Vaccination North-Western Provinces and Oudh 1896-1901 - 1896-1901
Year: 1896
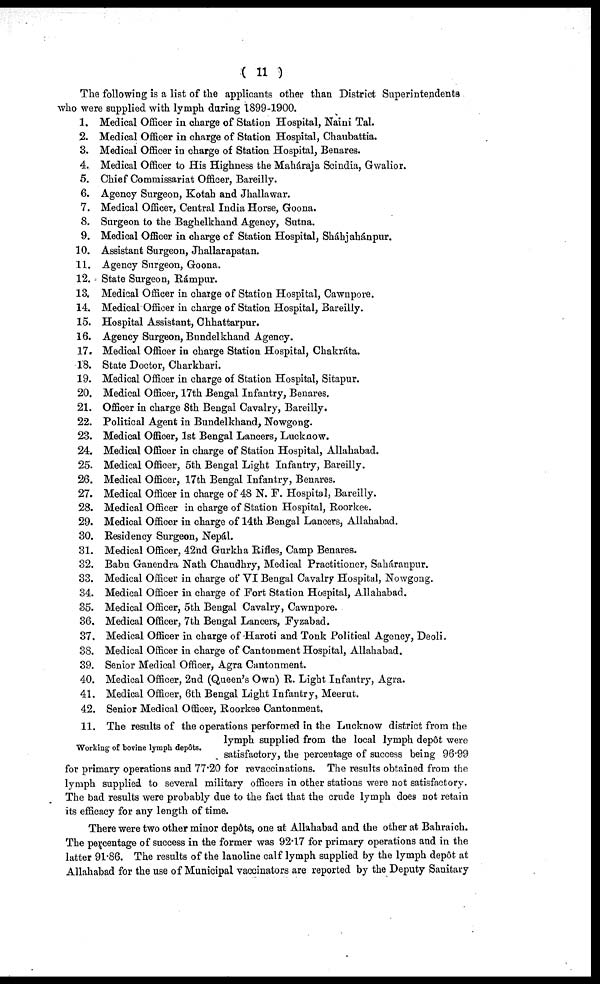
( 11 )
The following is a list of the applicants other than District Superintendents
who were supplied with lymph during 1899-1900.
1.
2.
3.
4.
5.
6.
7.
8.
9.
10.
11.
12.
13.
14.
15.
16.
17.
18.
19.
20.
21.
22.
23.
24.
25.
26.
27.
28.
29.
30.
31.
32.
33.
34.
35.
36.
37.
38.
39.
40.
41.
42.
Medical Officer in charge of Station Hospital, Naini Tal.
Medical Officer in charge of Station Hospital, Chaubattia.
Medical Officer in charge of Station Hospital, Benares.
Medical Officer to His Highness the Maháraja Scindia, Gwalior.
Chief Commissariat Officer, Bareilly.
Agency Surgeon, Kotah and Jhallawar.
Medical Officer, Central India Horse, Goona.
Surgeon to the Baghelkhand Agency, Sutna.
Medical Officer in charge of Station Hospital, Sháhjahánpur.
Assistant Surgeon, Jhallarapatan.
Agency Surgeon, Goona.
State Surgeon, Rámpur.
Medical Officer in charge of Station Hospital, Cawnpore.
Medical Officer in charge of Station Hospital, Bareilly.
Hospital Assistant, Chhattarpur.
Agency Surgeon, Bundelkhand Agency.
Medical Officer in charge Station Hospital, Chakráta.
State Doctor, Charkhari.
Medical Officer in charge of Station Hospital, Sitapur.
Medical Officer, 17th Bengal Infantry, Benares.
Officer in charge 8th Bengal Cavalry, Bareilly.
Political Agent in Bundelkhand, Nowgong.
Medical Officer, 1st Bengal Lancers, Lucknow.
Medical Officer in charge of Station Hospital, Allahabad.
Medical Officer, 5th Bengal Light Infantry, Bareilly.
Medical Officer, 17th Bengal Infantry, Benares.
Medical Officer in charge of 48 N. F. Hospital, Bareilly.
Medical Officer in charge of Station Hospital, Roorkee.
Medical Officer in charge of 14th Bengal Lancers, Allahabad.
Residency Surgeon, Nepal.
Medical Officer, 42nd Gurkha Rifles, Camp Benares.
Babu Ganendra Nath Chaudhry, Medical Practitioner, Saháranpur.
Medical Officer in charge of VI Bengal Cavalry Hospital, Nowgong.
Medical Officer in charge of Fort Station Hospital, Allahabad.
Medical Officer, 5th Bengal Cavalry, Cawnpore.
Medical Officer, 7th Bengal Lancers, Fyzabad.
Medical Officer in charge of Haroti and Tonk Political Agency, Deoli.
Medical Officer in charge of Cantonment Hospital, Allahabad.
Senior Medical Officer, Agra Cantonment.
Medical Officer, 2nd (Queen's Own) R. Light Infantry, Agra.
Medical Officer, 6th Bengal Light Infantry, Meerut.
Senior Medical Officer, Roorkee Cantonment,
Working of bovine lymph depôts.
11. The results of the operations performed in the Lucknow district from the
lymph supplied from the local lymph depôt were
satisfactory, the percentage of success being 96.99
for primary operations and 77.20 for revaccinations. The results obtained from the
lymph supplied to several military officers in other stations were not satisfactory.
The bad results were probably due to the fact that the crude lymph does not retain
its efficacy for any length of time.
There were two other minor depôts, one at Allahabad and the other at Bahraich.
The percentage of success in the former was 92.17 for primary operations and in the
latter 91.86. The results of the lanoline calf lymph supplied by the lymph depôt at
Allahabad for the use of Municipal vaccinators are reported by the Deputy Sanitary